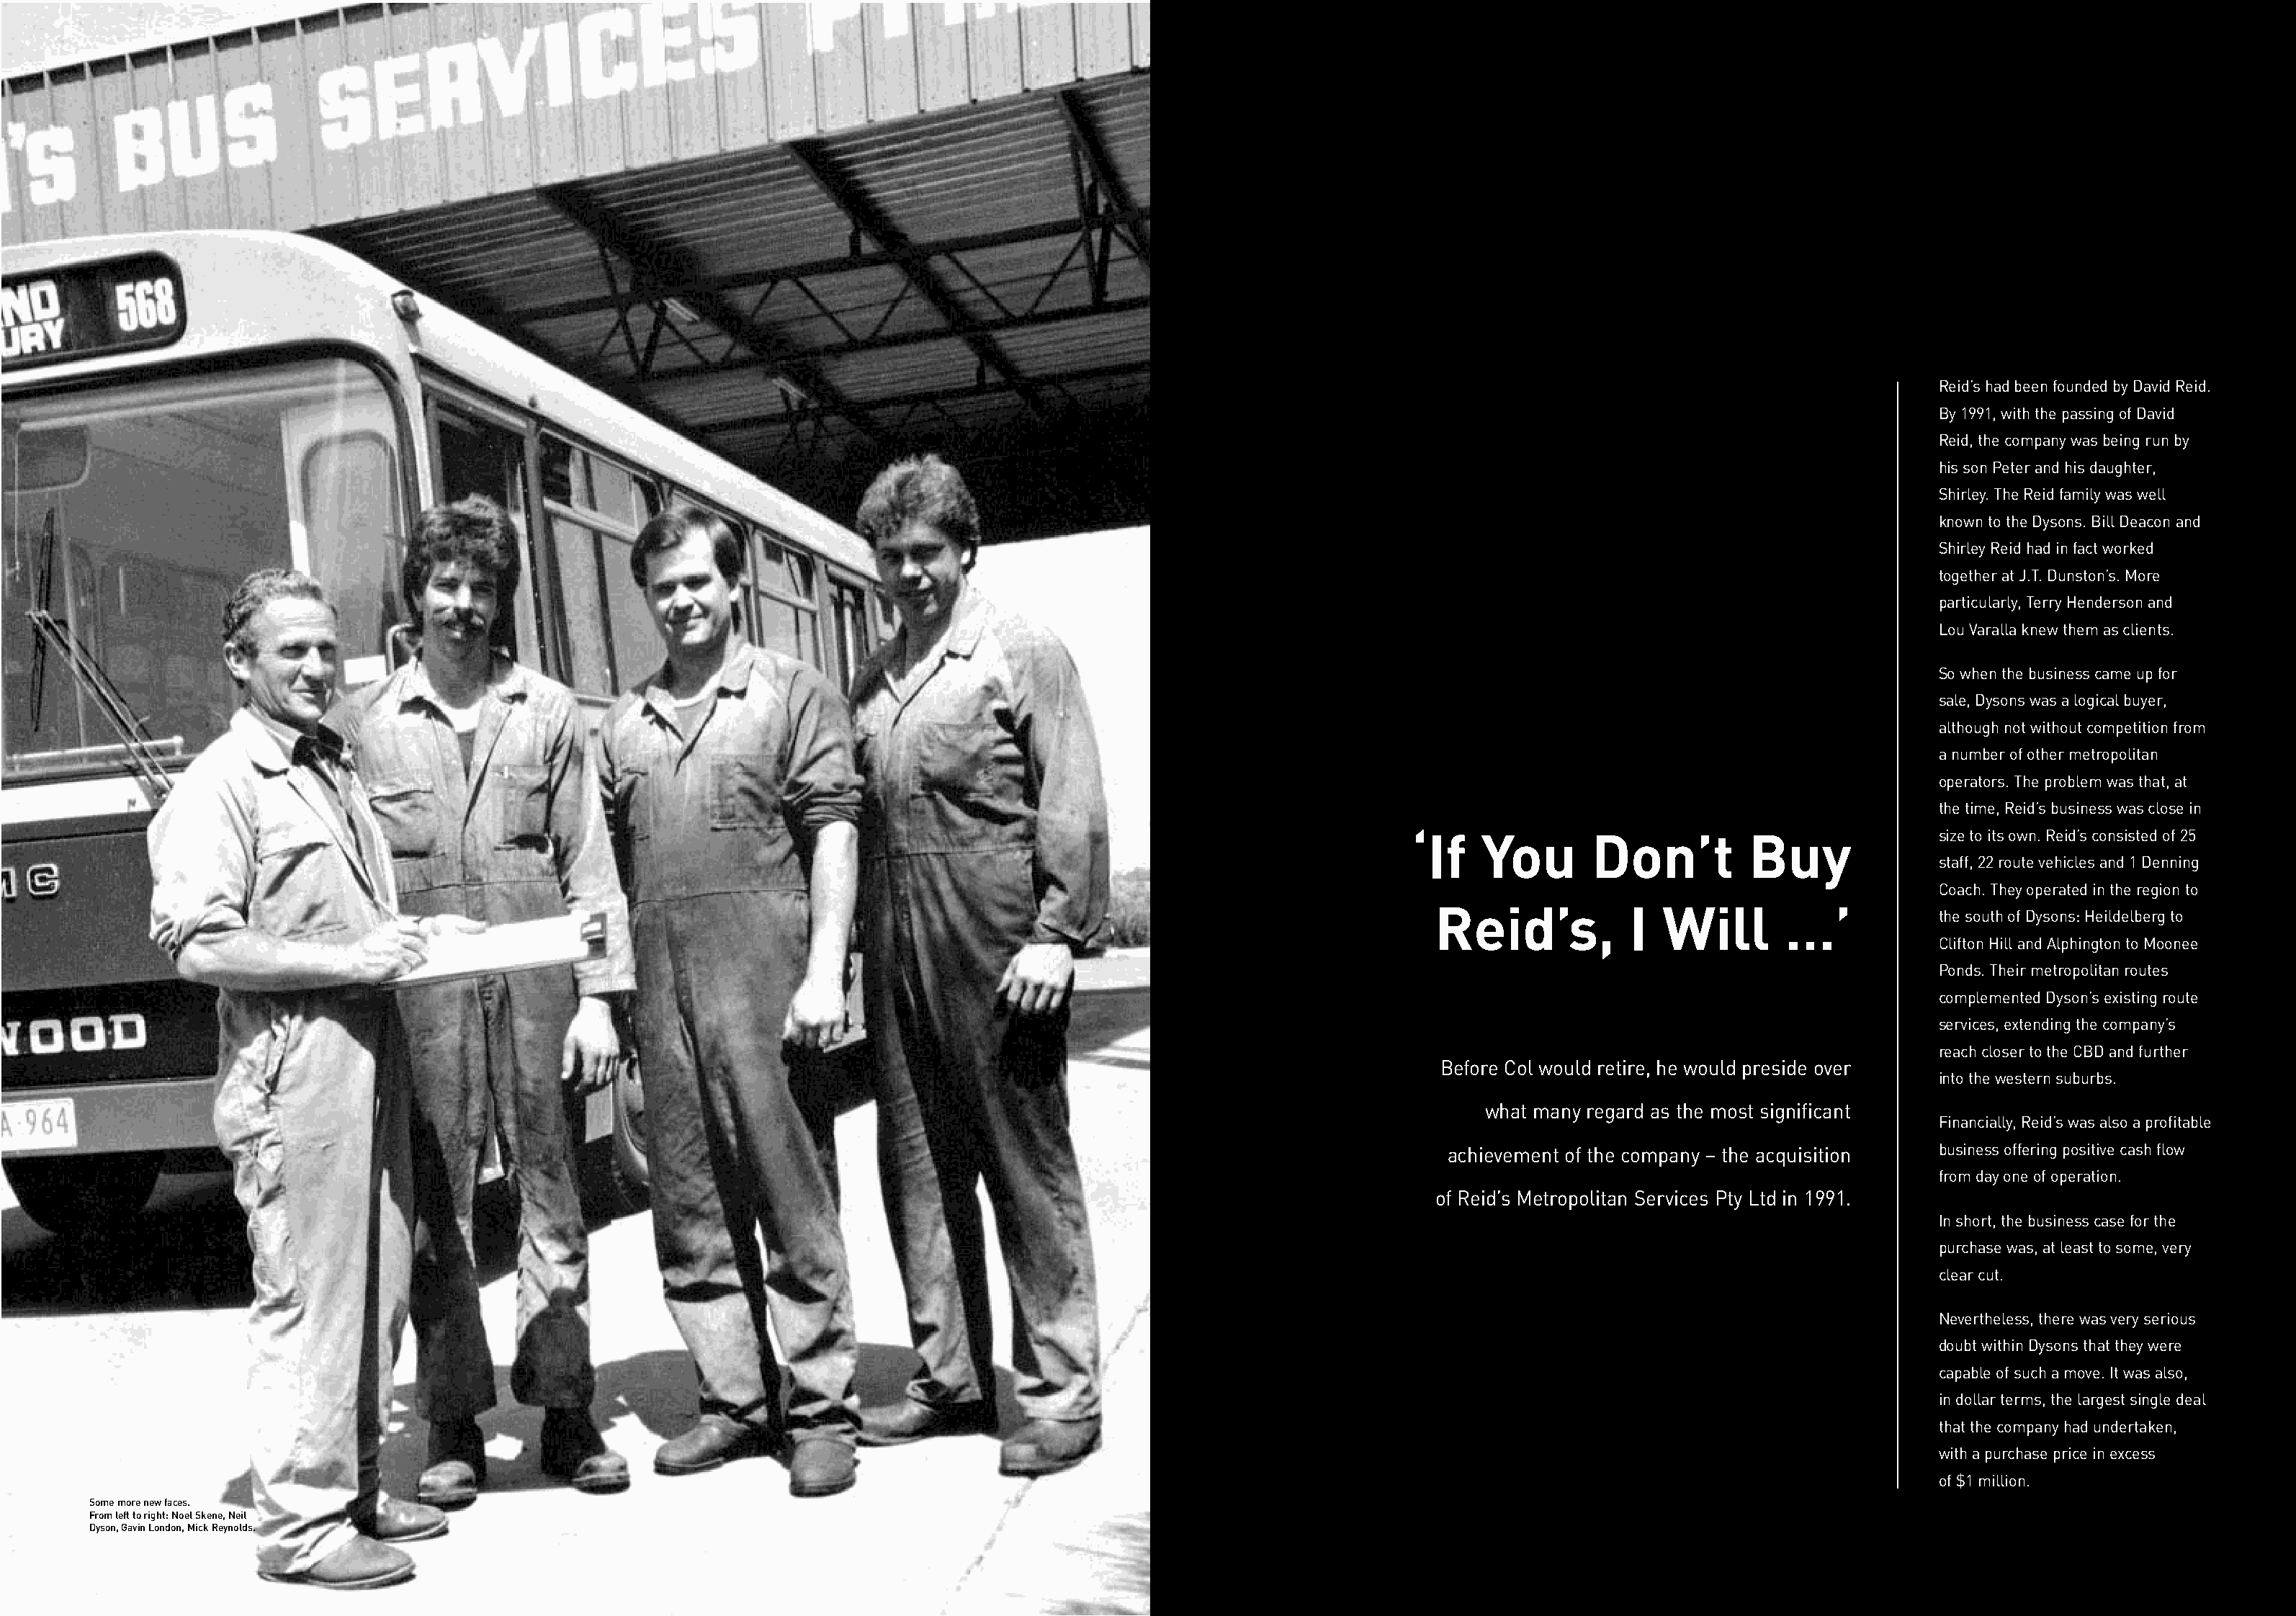
Reid’s had been founded by David Reid.
 By 1991, with the passing of David
 Reid, the company was being run by
 his son Peter and his daughter,
 Shirley. The Reid family was well
 known to the Dysons. Bill Deacon and
 Shirley Reid had in fact worked
 together at J.T. Dunston’s. More
 particularly, Terry Henderson and
 Lou Varalla knew them as clients.
 So when the business came up for
 sale, Dysons was a logical buyer,
 although not without competition from
 a number of other metropolitan
 operators. The problem was that, at
 the time, Reid’s business was close in
 ‘If   You       Don’t          Buy              size to its own. Reid’s consisted of 25
 staff, 22 route vehicles and 1 Denning
 Coach. They operated in the region to
 Reid’s,           I  Will       …’
 the south of Dysons: Heildelberg to
 Clifton Hill and Alphington to Moonee
 Ponds. Their metropolitan routes
 complemented Dyson’s existing route
 services, extending the company’s
 reach closer to the CBD and further
 Before Col would retire, he would preside over
 into the western suburbs.
 what many regard as the most significant
 Financially, Reid’s was also a profitable
 achievement of the company – the acquisition business offering positive cash flow
 from day one of operation.
 of Reid’s Metropolitan Services Pty Ltd in 1991.
 In short, the business case for the
 purchase was, at least to some, very
 clear cut.
 Nevertheless, there was very serious
 doubt within Dysons that they were
 capable of such a move. It was also,
 in dollar terms, the largest single deal
 that the company had undertaken,
 with a purchase price in excess
 of $1 million.
 Some more new faces.
 From left to right: Noel Skene, Neil
 Dyson, Gavin London, Mick Reynolds.
 m o v i n g w i t h t h e t i m e s 8 9